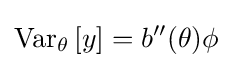
\operatorname {Var} _{\theta }\left[y\right]=b''(\theta )\phi